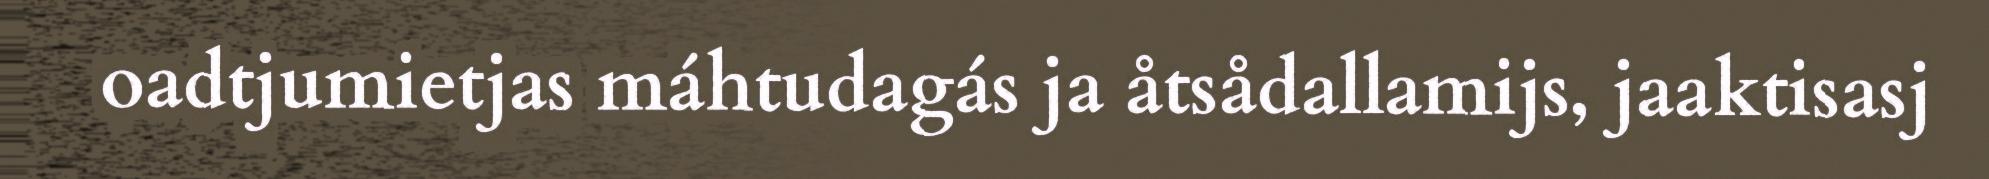
oadtjumietjas máhtudagás ja åtsådallamijs, jaaktisasj